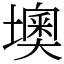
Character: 墺